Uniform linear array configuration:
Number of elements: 16
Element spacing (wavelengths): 1
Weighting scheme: binomial
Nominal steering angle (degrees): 45
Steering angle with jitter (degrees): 44.113
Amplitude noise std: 0.05
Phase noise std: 0.05

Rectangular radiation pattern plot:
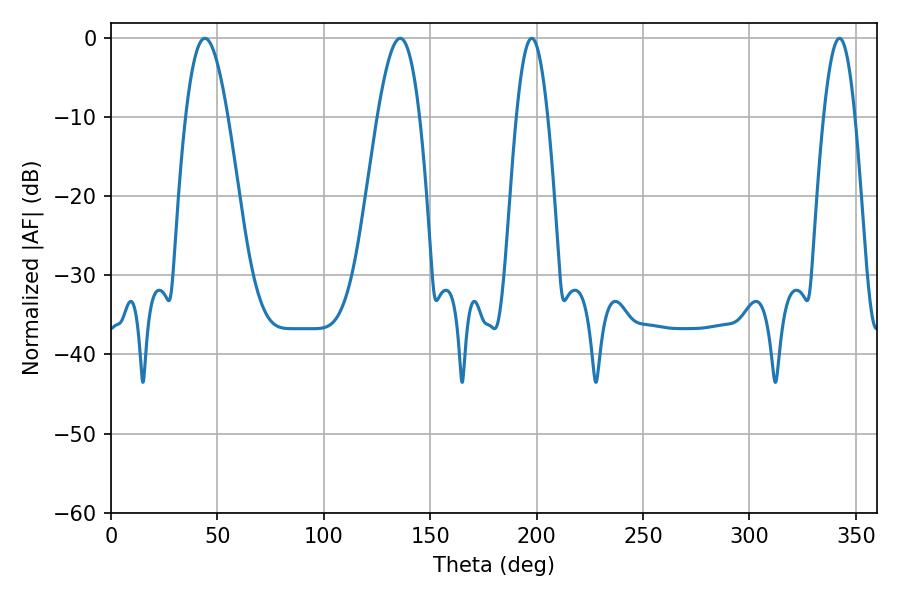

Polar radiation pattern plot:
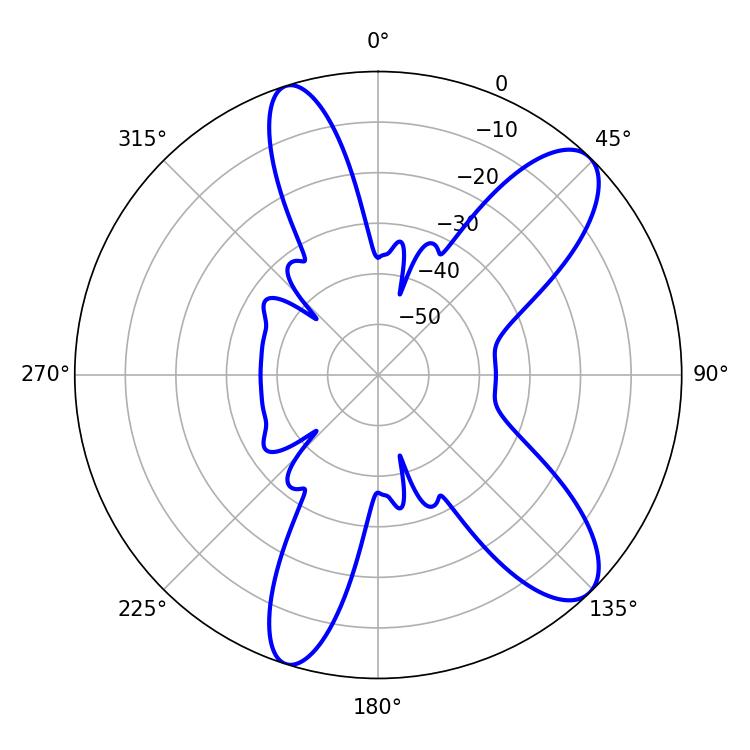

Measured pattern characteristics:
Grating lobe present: TRUE
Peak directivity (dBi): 10.163
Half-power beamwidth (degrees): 10.62
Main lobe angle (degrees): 44.1